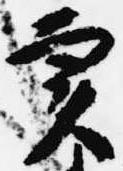
実